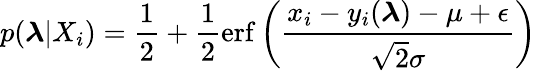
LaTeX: p(\boldsymbol{\lambda}|X_{i})=\frac{1}{2}+\frac{1}{2}\mathrm{erf}\left(\frac{x_{i}-y_{i}(\boldsymbol{\lambda})-\mu+\epsilon}{\sqrt{2}\sigma}\right)